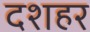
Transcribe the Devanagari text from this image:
दशहर